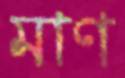
মাণ